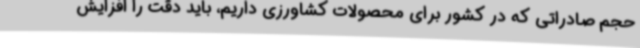
حجم صادراتی که در کشور برای محصولات کشاورزی داریم، باید دقت را افزایش